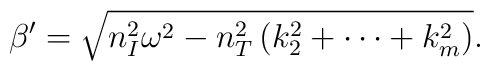
\beta' = \sqrt{ n_I^2 \omega^2 - n_T^2\left(k_2^2+\cdots+k_m^2\right)}.